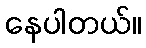
နေပါတယ်။